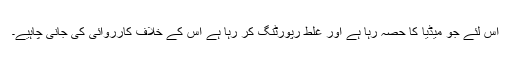
اس لئے جو میڈیا کا حصہ رہا ہے اور غلط رپورٹنگ کر رہا ہے اس کے خلاف کارروائی کی جانی چاہیے۔